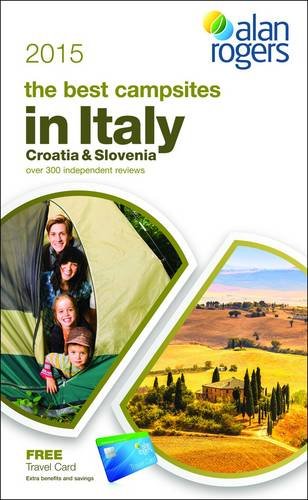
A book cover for Alan Rogers - The Best Campsites in Italy, Croatia & Slovenia 2015; Travel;